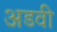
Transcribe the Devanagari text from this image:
अडवी